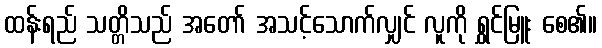
ထန်းရည် သတ္တိသည် အတော် အသင့်သောက်လျှင် လူကို ရွှင်မြူး စေ၏။